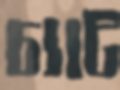
চ্যাট